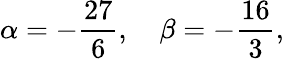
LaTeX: \alpha=-\frac{27}{6},\quad\beta=-\frac{16}{3},